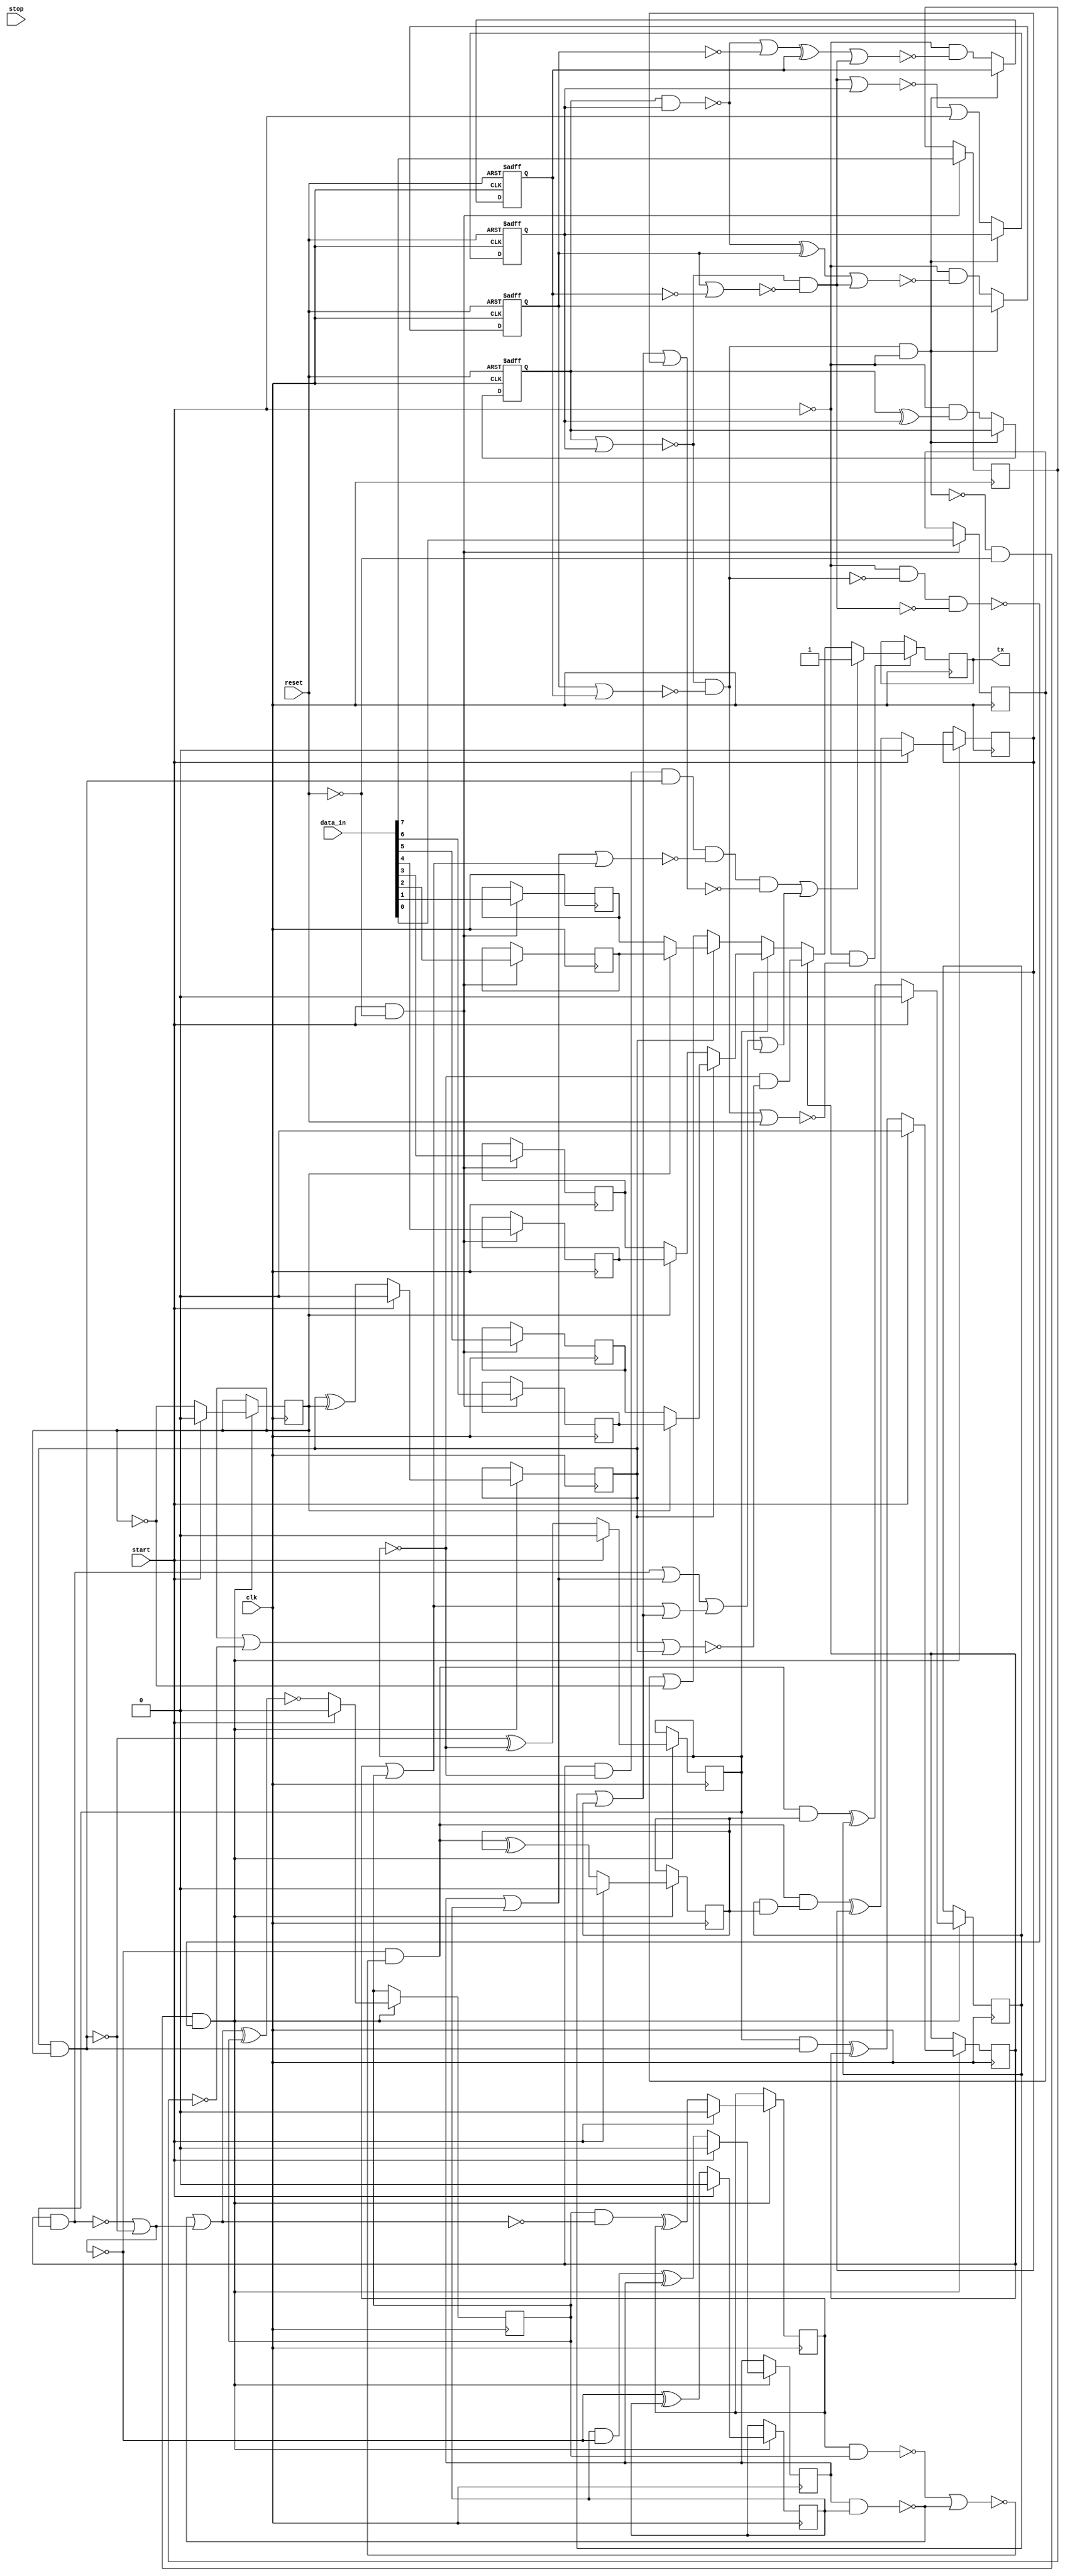
/* Generated by Yosys 0.34 (git sha1 4a1b5599258, clang 14.0.0 -fPIC -Os) */

(* src = "uart.v:1.1-40.10" *)
module uart(clk, reset, data_in, start, stop, tx);
  (* src = "uart.v:14.3-38.6" *)
  wire [3:0] _000_;
  wire _001_;
  wire _002_;
  wire _003_;
  wire _004_;
  wire _005_;
  wire _006_;
  wire _007_;
  wire _008_;
  wire _009_;
  wire _010_;
  wire _011_;
  wire _012_;
  wire _013_;
  wire _014_;
  wire _015_;
  wire _016_;
  wire _017_;
  wire _018_;
  wire _019_;
  wire _020_;
  wire _021_;
  wire _022_;
  wire _023_;
  wire _024_;
  wire _025_;
  wire _026_;
  wire _027_;
  wire _028_;
  wire _029_;
  wire _030_;
  wire _031_;
  wire _032_;
  wire _033_;
  wire _034_;
  wire _035_;
  wire _036_;
  wire _037_;
  wire _038_;
  wire _039_;
  wire _040_;
  wire _041_;
  wire _042_;
  wire _043_;
  wire _044_;
  wire _045_;
  wire _046_;
  wire _047_;
  wire _048_;
  wire _049_;
  wire _050_;
  wire _051_;
  wire _052_;
  wire _053_;
  wire _054_;
  wire _055_;
  wire _056_;
  wire _057_;
  wire _058_;
  wire _059_;
  wire _060_;
  wire _061_;
  wire _062_;
  wire _063_;
  (* force_downto = 32'd1 *)
  (* src = "uart.v:35.24-35.37|/usr/local/bin/../share/yosys/techmap.v:270.23-270.24" *)
  wire [10:0] _064_;
  (* force_downto = 32'd1 *)
  (* src = "uart.v:35.24-35.37|/usr/local/bin/../share/yosys/techmap.v:270.26-270.27" *)
  wire [10:0] _065_;
  (* force_downto = 32'd1 *)
  (* src = "uart.v:0.0-0.0|/usr/local/bin/../share/yosys/techmap.v:137.23-137.24" *)
  wire _066_;
  (* src = "uart.v:12.14-12.23" *)
  reg [10:0] bit_count;
  (* src = "uart.v:2.14-2.17" *)
  input clk;
  wire clk;
  (* src = "uart.v:10.13-10.18" *)
  reg [3:0] count;
  (* src = "uart.v:4.20-4.27" *)
  input [7:0] data_in;
  wire [7:0] data_in;
  (* src = "uart.v:3.14-3.19" *)
  input reset;
  wire reset;
  wire [8:0] shift_reg;
  (* src = "uart.v:5.14-5.19" *)
  input start;
  wire start;
  (* src = "uart.v:6.14-6.18" *)
  input stop;
  wire stop;
  (* src = "uart.v:7.14-7.16" *)
  output tx;
  reg tx;
  assign _003_ = start & ~(reset);
  assign _023_ = ~start;
  assign _024_ = ~(count[1] | count[0]);
  assign _025_ = count[2] | count[3];
  assign _026_ = _024_ & ~(_025_);
  assign _001_ = ~(_026_ & _023_);
  assign _027_ = _001_ & ~(reset);
  assign _028_ = _023_ & ~(_026_);
  assign _029_ = count[2] | ~(count[3]);
  assign _030_ = _024_ & ~(_029_);
  assign _031_ = _028_ & ~(_030_);
  assign _002_ = _027_ & ~(_031_);
  assign _032_ = _026_ | reset;
  assign _004_ = _023_ & ~(_032_);
  assign _033_ = ~(_030_ | count[0]);
  assign _000_[0] = _033_ | start;
  assign _034_ = ~(count[1] ^ count[0]);
  assign _000_[1] = _023_ & ~(_034_);
  assign _035_ = ~(count[1] & count[0]);
  assign _036_ = _035_ ^ count[2];
  assign _037_ = _036_ | _030_;
  assign _000_[2] = _023_ & ~(_037_);
  assign _038_ = _035_ | ~(count[2]);
  assign _039_ = _038_ ^ count[3];
  assign _040_ = _039_ | _030_;
  assign _000_[3] = _023_ & ~(_040_);
  assign _041_ = ~bit_count[2];
  assign _042_ = shift_reg[1] | ~(bit_count[0]);
  assign _043_ = bit_count[0] ? shift_reg[3] : shift_reg[2];
  assign _044_ = bit_count[1] ? _043_ : _042_;
  assign _045_ = bit_count[0] ? shift_reg[5] : shift_reg[4];
  assign _046_ = bit_count[0] ? shift_reg[7] : shift_reg[6];
  assign _047_ = bit_count[1] ? _046_ : _045_;
  assign _048_ = bit_count[2] ? _047_ : _044_;
  assign _049_ = bit_count[0] | ~(shift_reg[8]);
  assign _050_ = _049_ | bit_count[1];
  assign _051_ = _041_ & ~(_050_);
  assign _066_ = bit_count[3] ? _051_ : _048_;
  assign _064_[0] = ~bit_count[0];
  assign _052_ = bit_count[9] | bit_count[8];
  assign _053_ = bit_count[7] | bit_count[6];
  assign _054_ = _053_ | _052_;
  assign _055_ = bit_count[5] | bit_count[4];
  assign _056_ = bit_count[3] & bit_count[2];
  assign _057_ = _056_ | _055_;
  assign _058_ = _057_ | _054_;
  assign _059_ = _058_ | bit_count[10];
  assign _060_ = bit_count[3] & ~(bit_count[2]);
  assign _061_ = ~(bit_count[1] & bit_count[0]);
  assign _062_ = _060_ & ~(_061_);
  assign _063_ = _055_ | _053_;
  assign _006_ = _062_ & ~(_063_);
  assign _007_ = _052_ | bit_count[10];
  assign _008_ = _006_ & ~(_007_);
  assign _005_ = _008_ | _059_;
  assign _065_[1] = bit_count[1] ^ bit_count[0];
  assign _065_[2] = _061_ ^ _041_;
  assign _009_ = bit_count[2] & ~(_061_);
  assign _065_[3] = _009_ ^ bit_count[3];
  assign _010_ = ~(bit_count[3] & bit_count[2]);
  assign _011_ = ~(_010_ | _061_);
  assign _065_[4] = _011_ ^ bit_count[4];
  assign _012_ = _010_ | _061_;
  assign _013_ = bit_count[4] & ~(_012_);
  assign _065_[5] = _013_ ^ bit_count[5];
  assign _014_ = ~(bit_count[5] & bit_count[4]);
  assign _015_ = _014_ | _012_;
  assign _065_[6] = ~(_015_ ^ bit_count[6]);
  assign _016_ = bit_count[6] & ~(_015_);
  assign _065_[7] = _016_ ^ bit_count[7];
  assign _017_ = ~(bit_count[7] & bit_count[6]);
  assign _018_ = _017_ | _014_;
  assign _019_ = _011_ & ~(_018_);
  assign _065_[8] = _019_ ^ bit_count[8];
  assign _020_ = _019_ & bit_count[8];
  assign _065_[9] = _020_ ^ bit_count[9];
  assign _021_ = ~(bit_count[9] & bit_count[8]);
  assign _022_ = _019_ & ~(_021_);
  assign _065_[10] = _022_ ^ bit_count[10];
  (* src = "uart.v:14.3-38.6" *)
  always @(posedge clk)
    if (_004_)
      if (_005_) tx <= 1'h1;
      else tx <= _066_;
  reg \shift_reg_reg[1] ;
  (* src = "uart.v:14.3-38.6" *)
  always @(posedge clk)
    if (_003_) \shift_reg_reg[1]  <= data_in[0];
  assign shift_reg[1] = \shift_reg_reg[1] ;
  reg \shift_reg_reg[2] ;
  (* src = "uart.v:14.3-38.6" *)
  always @(posedge clk)
    if (_003_) \shift_reg_reg[2]  <= data_in[1];
  assign shift_reg[2] = \shift_reg_reg[2] ;
  reg \shift_reg_reg[3] ;
  (* src = "uart.v:14.3-38.6" *)
  always @(posedge clk)
    if (_003_) \shift_reg_reg[3]  <= data_in[2];
  assign shift_reg[3] = \shift_reg_reg[3] ;
  reg \shift_reg_reg[4] ;
  (* src = "uart.v:14.3-38.6" *)
  always @(posedge clk)
    if (_003_) \shift_reg_reg[4]  <= data_in[3];
  assign shift_reg[4] = \shift_reg_reg[4] ;
  reg \shift_reg_reg[5] ;
  (* src = "uart.v:14.3-38.6" *)
  always @(posedge clk)
    if (_003_) \shift_reg_reg[5]  <= data_in[4];
  assign shift_reg[5] = \shift_reg_reg[5] ;
  reg \shift_reg_reg[6] ;
  (* src = "uart.v:14.3-38.6" *)
  always @(posedge clk)
    if (_003_) \shift_reg_reg[6]  <= data_in[5];
  assign shift_reg[6] = \shift_reg_reg[6] ;
  reg \shift_reg_reg[7] ;
  (* src = "uart.v:14.3-38.6" *)
  always @(posedge clk)
    if (_003_) \shift_reg_reg[7]  <= data_in[6];
  assign shift_reg[7] = \shift_reg_reg[7] ;
  reg \shift_reg_reg[8] ;
  (* src = "uart.v:14.3-38.6" *)
  always @(posedge clk)
    if (_003_) \shift_reg_reg[8]  <= data_in[7];
  assign shift_reg[8] = \shift_reg_reg[8] ;
  (* src = "uart.v:14.3-38.6" *)
  always @(posedge clk, posedge reset)
    if (reset) count[0] <= 1'h0;
    else if (_001_) count[0] <= _000_[0];
  (* src = "uart.v:14.3-38.6" *)
  always @(posedge clk, posedge reset)
    if (reset) count[1] <= 1'h0;
    else if (_001_) count[1] <= _000_[1];
  (* src = "uart.v:14.3-38.6" *)
  always @(posedge clk, posedge reset)
    if (reset) count[2] <= 1'h0;
    else if (_001_) count[2] <= _000_[2];
  (* src = "uart.v:14.3-38.6" *)
  always @(posedge clk, posedge reset)
    if (reset) count[3] <= 1'h0;
    else if (_001_) count[3] <= _000_[3];
  (* src = "uart.v:14.3-38.6" *)
  always @(posedge clk)
    if (_002_)
      if (start) bit_count[0] <= 1'h0;
      else bit_count[0] <= _064_[0];
  (* src = "uart.v:14.3-38.6" *)
  always @(posedge clk)
    if (_002_)
      if (start) bit_count[1] <= 1'h0;
      else bit_count[1] <= _065_[1];
  (* src = "uart.v:14.3-38.6" *)
  always @(posedge clk)
    if (_002_)
      if (start) bit_count[2] <= 1'h0;
      else bit_count[2] <= _065_[2];
  (* src = "uart.v:14.3-38.6" *)
  always @(posedge clk)
    if (_002_)
      if (start) bit_count[3] <= 1'h0;
      else bit_count[3] <= _065_[3];
  (* src = "uart.v:14.3-38.6" *)
  always @(posedge clk)
    if (_002_)
      if (start) bit_count[4] <= 1'h0;
      else bit_count[4] <= _065_[4];
  (* src = "uart.v:14.3-38.6" *)
  always @(posedge clk)
    if (_002_)
      if (start) bit_count[5] <= 1'h0;
      else bit_count[5] <= _065_[5];
  (* src = "uart.v:14.3-38.6" *)
  always @(posedge clk)
    if (_002_)
      if (start) bit_count[6] <= 1'h0;
      else bit_count[6] <= _065_[6];
  (* src = "uart.v:14.3-38.6" *)
  always @(posedge clk)
    if (_002_)
      if (start) bit_count[7] <= 1'h0;
      else bit_count[7] <= _065_[7];
  (* src = "uart.v:14.3-38.6" *)
  always @(posedge clk)
    if (_002_)
      if (start) bit_count[8] <= 1'h0;
      else bit_count[8] <= _065_[8];
  (* src = "uart.v:14.3-38.6" *)
  always @(posedge clk)
    if (_002_)
      if (start) bit_count[9] <= 1'h0;
      else bit_count[9] <= _065_[9];
  (* src = "uart.v:14.3-38.6" *)
  always @(posedge clk)
    if (_002_)
      if (start) bit_count[10] <= 1'h0;
      else bit_count[10] <= _065_[10];
  assign _064_[10:1] = bit_count[10:1];
  assign _065_[0] = _064_[0];
  assign shift_reg[0] = 1'h1;
endmodule